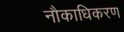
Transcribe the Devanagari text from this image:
नौकाधिकरण